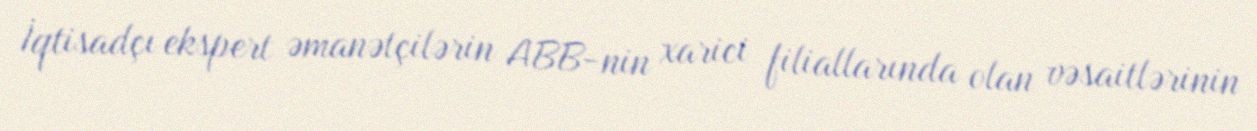
İqtisadçı ekspert əmanətçilərin ABB-nin xarici filiallarında olan vəsaitlərinin